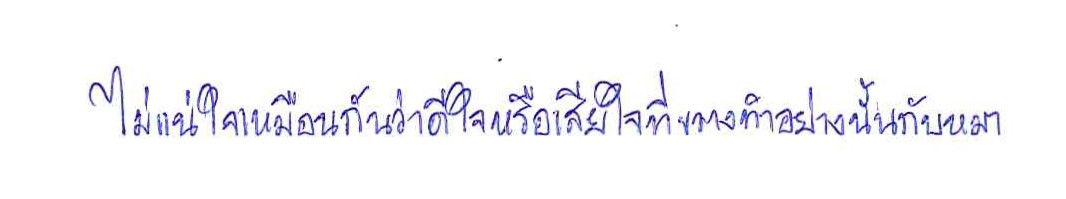
ไม่แน่ใจเหมือนกันว่าดีใจหรือเสียใจที่ขวางทำอย่างนั้นกับหมา